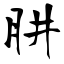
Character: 肼